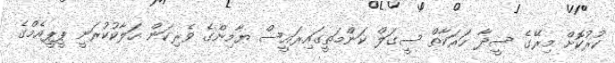
ކުރުކޮށް މިރޭގެ ސީދާ ހަރަކާތް ސީގަލް ކަންމަތީގައިރައީސް ޔާމިންގެ ވެރިކަން ހަލާކުކުރަނީ ޕީޕީއެމްގެ